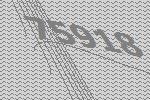
75918